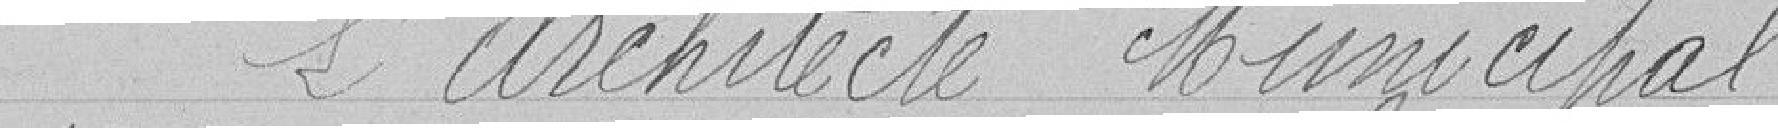
L'Architecte Municipal